Annual administration report of the Civil Veterinary Department of India - 1906-1907
Year: 1906
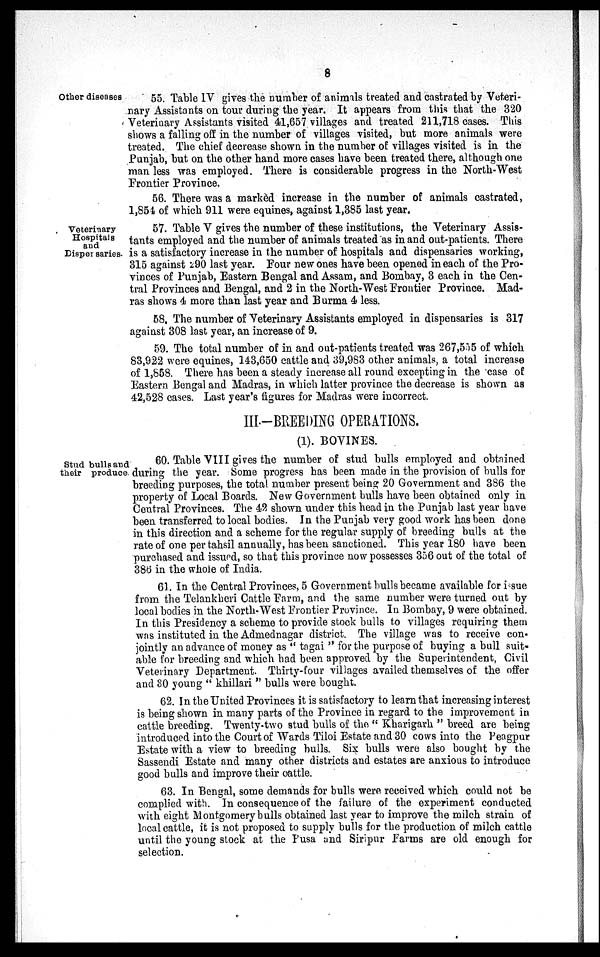
8
Other diseases
55. Table IV gives the number of animals treated and castrated by Veteri¬
nary Assistants on tour during the year. It appears from this that the 320
Veterinary Assistants visited 41,657 villages and treated 211,718 cases. This
shows a falling off in the number of villages visited, but more animals were
treated. The chief decrease shown in the number of villages visited is in the
Punjab, but on the other hand more cases have been treated there, although one
man less was employed. There is considerable progress in the North-West
Frontier Province.
56. There was a marked increase in the number of animals castrated,
1,854 of which 911 were equines, against 1,385 last year.
Veterinary
Hospitals
and
Disper saries.
57. Table V gives the number of these institutions, the Veterinary Assis-
tants employed and the number of animals treated as in and out-patients. There
is a satisfactory increase in the number of hospitals and dispensaries working,
315 against 290 last year. Four new ones have been opened in each of the Pro-
vinces of Punjab, Eastern Bengal and Assam, and Bombay, 3 each in the Cen-
tral Provinces and Bengal, and 2 in the North-West Frontier Province. Mad-
ras shows 4 more than last year and Burma 4 less.
58. The number of Veterinary Assistants employed in dispensaries is 317
against 308 last year, an increase of 9.
59. The total number of in and out-patients treated was 267,555 of which
83,922 were equines, 143,650 cattle and 39,983 other animals, a total increase
of 1,858. There has been a steady increase all round excepting in the case of
Eastern Bengal and Madras, in which latter province the decrease is shown as
42,528 cases. Last year's figures for Madras were incorrect.
III.—BREEDING OPERATIONS.
(1). BOVINES.
Stud bulls and
their produce.
60. Table VIII gives the number of stud bulls employed and obtained
during the year. Some progress has been made in the provision of bulls for
breeding purposes, the total number present being 20 Government and 386 the
property of Local Boards. New Government bulls have been obtained only in
Central Provinces. The 42 shown under this head in the Punjab last year have
been transferred to local bodies. In the Punjab very good work has been done
in this direction and a scheme for the regular supply of breeding bulls at the
rate of one per tahsil annually, has been sanctioned. This year 180 have been
purchased and issued, so that this province now possesses 356 out of the total of
386 in the whole of India.
61. In the Central Provinces, 5 Government bulls became available for issue
from the Telankheri Cattle Farm, and the same number were turned out by
local bodies in the North-West Frontier Province. In Bombay, 9 were obtained.
In this Presidency a scheme to provide stock bulls to villages requiring them
was instituted in the Admednagar district. The village was to receive con-
jointly an advance of money as " tagai " for the purpose of buying a bull suit-
able for breeding and which had been approved by the Superintendent, Civil
Veterinary Department. Thirty-four villages availed themselves of the offer
and 30 young " khillari " bulls were bought.
62. In the United Provinces it is satisfactory to learn that increasing interest
is being shown in many parts of the Province in regard to the improvement in
cattle breeding. Twenty-two stud bulls of the "Kharigarh" breed are being
introduced into the Court of Wards Tiloi Estate and 30 cows into the Peagpur
Estate with a view to breeding bulls. Six bulls were also bought by the
Sassendi Estate and many other districts and estates are anxious to introduce
good bulls and improve their cattle.
63. In Bengal, some demands for bulls were received which could not be
complied with. In consequence of the failure of the experiment conducted
with eight Montgomery bulls obtained last year to improve the milch strain of
local cattle, it is not proposed to supply bulls for the production of milch cattle
until the young stock at the Pusa and Siripur Farms are old enough for
selection.